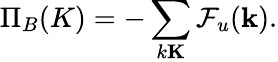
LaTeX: \Pi_{B}(K)=-\sum_{k\le K}\mathcal{F}_{u}({\mathbf k}).